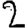
Digit: 2